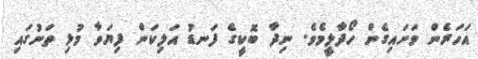
އަހަރެން ވަށައިގެން ހޯދާލީމެވެ. ނިދާ ބޮކީގެ ފަނޑު އަލިކަން ފިޔަވާ މުޅި ތަނުގައި